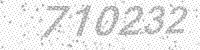
Solution: 710232